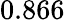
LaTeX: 0.866